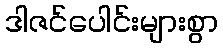
ဒါဇင်ပေါင်းများစွာ